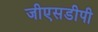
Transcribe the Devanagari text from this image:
जीएसडीपी